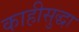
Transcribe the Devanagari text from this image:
काहीसुद्धा